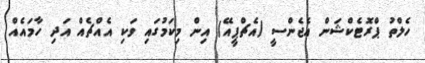
ހެލްތު ޕްރޮޓެކްޝަން އެޖެންސީ (އެޗްޕީއޭ) އިން މިކަމުގައި ވަކި އެއްޗެއް އަދި ހާމައެއް